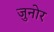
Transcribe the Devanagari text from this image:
जुनोर